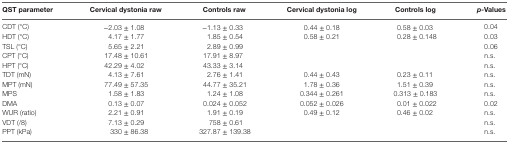
| QST parameter | Cervical dystonia raw | Controls raw | Cervical dystonia log | Controls log | p-Values |
 | --- | --- | --- | --- | --- | --- |
 | CDT (°C) | −2.03 ± 1.08 | −1.13 ± 0.33 | 0.44 ± 0.18 | 0.58 ± 0.03 | 0.04 |
 | HDT (°C) | 4.17 ± 1.77 | 1.85 ± 0.54 | 0.58 ± 0.21 | 0.28 ± 0.148 | 0.03 |
 | TSL (°C) | 5.65 ± 2.21 | 2.89 ± 0.99 |  |  | 0.06 |
 | CPT (°C) | 17.48 ± 10.61 | 17.91 ± 8.97 |  |  | n.s. |
 | HPT (°C) | 42.29 ± 4.02 | 43.33 ± 3.14 |  |  | n.s. |
 | TDT (mN) | 4.13 ± 7.61 | 2.76 ± 1.41 | 0.44 ± 0.43 | 0.23 ± 0.11 | n.s. |
 | MPT (mN) | 77.49 ± 57.35 | 44.77 ± 35.21 | 1.78 ± 0.36 | 1.51 ± 0.39 | n.s. |
 | MPS | 1.58 ± 1.83 | 1.24 ± 1.08 | 0.344 ± 0.261 | 0.313 ± 0.183 | n.s. |
 | DMA | 0.13 ± 0.07 | 0.024 ± 0.052 | 0.052 ± 0.026 | 0.01 ± 0.022 | 0.02 |
 | WUR (ratio) | 2.21 ± 0.91 | 1.91 ± 0.19 | 0.49 ± 0.12 | 0.46 ± 0.02 | n.s. |
 | VDT (/8) | 7.13 ± 0.29 | 758 ± 0.61 |  |  | n.s. |
 | PPT (kPa) | 330 ± 86.38 | 327.87 ± 139.38 |  |  | n.s. |